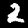
Label: 2